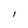
Character: I